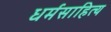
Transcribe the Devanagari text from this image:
धर्मसाहित्य